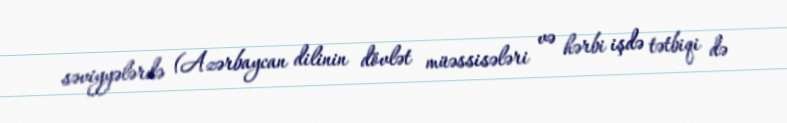
səviyyələrdə (Azərbaycan dilinin dövlət müəssisələri və hərbi işdə tətbiqi də